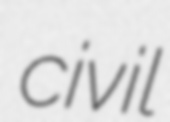
civil